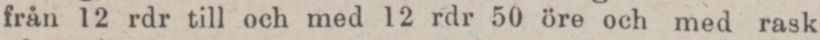
från 12 rdr till och med 12 rdr 50 öre och med rask